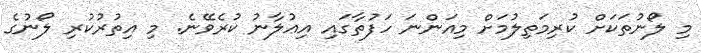
މި ލޯނުތަކަށް ކުރިމަތިލުމަށް މިއަންނަ ހަފުތާގައި އިޢުލާނު ކުރެވޭނެ. މި އިތުރުކުރި ލޯނުގެ